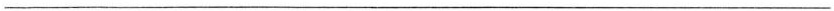
___